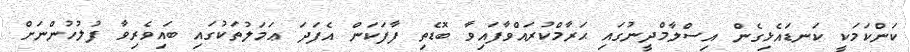
ކަންކަމަކީ ކަނޑައެޅިގެން އިސްލާމްދީނުގައި ޙަރާމްކުރައްވާފައިވާ ބޮޑެތި ފާފަކަން އެފަދަ ޢަމަލުތަކުގައި ބައިވެރިވާ ފުލުހުންނަށް